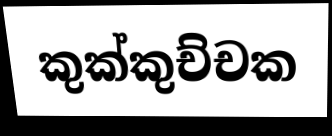
කුක්කුච්චක